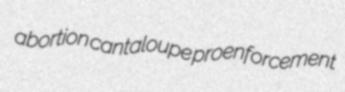
abortion cantaloupe proenforcement